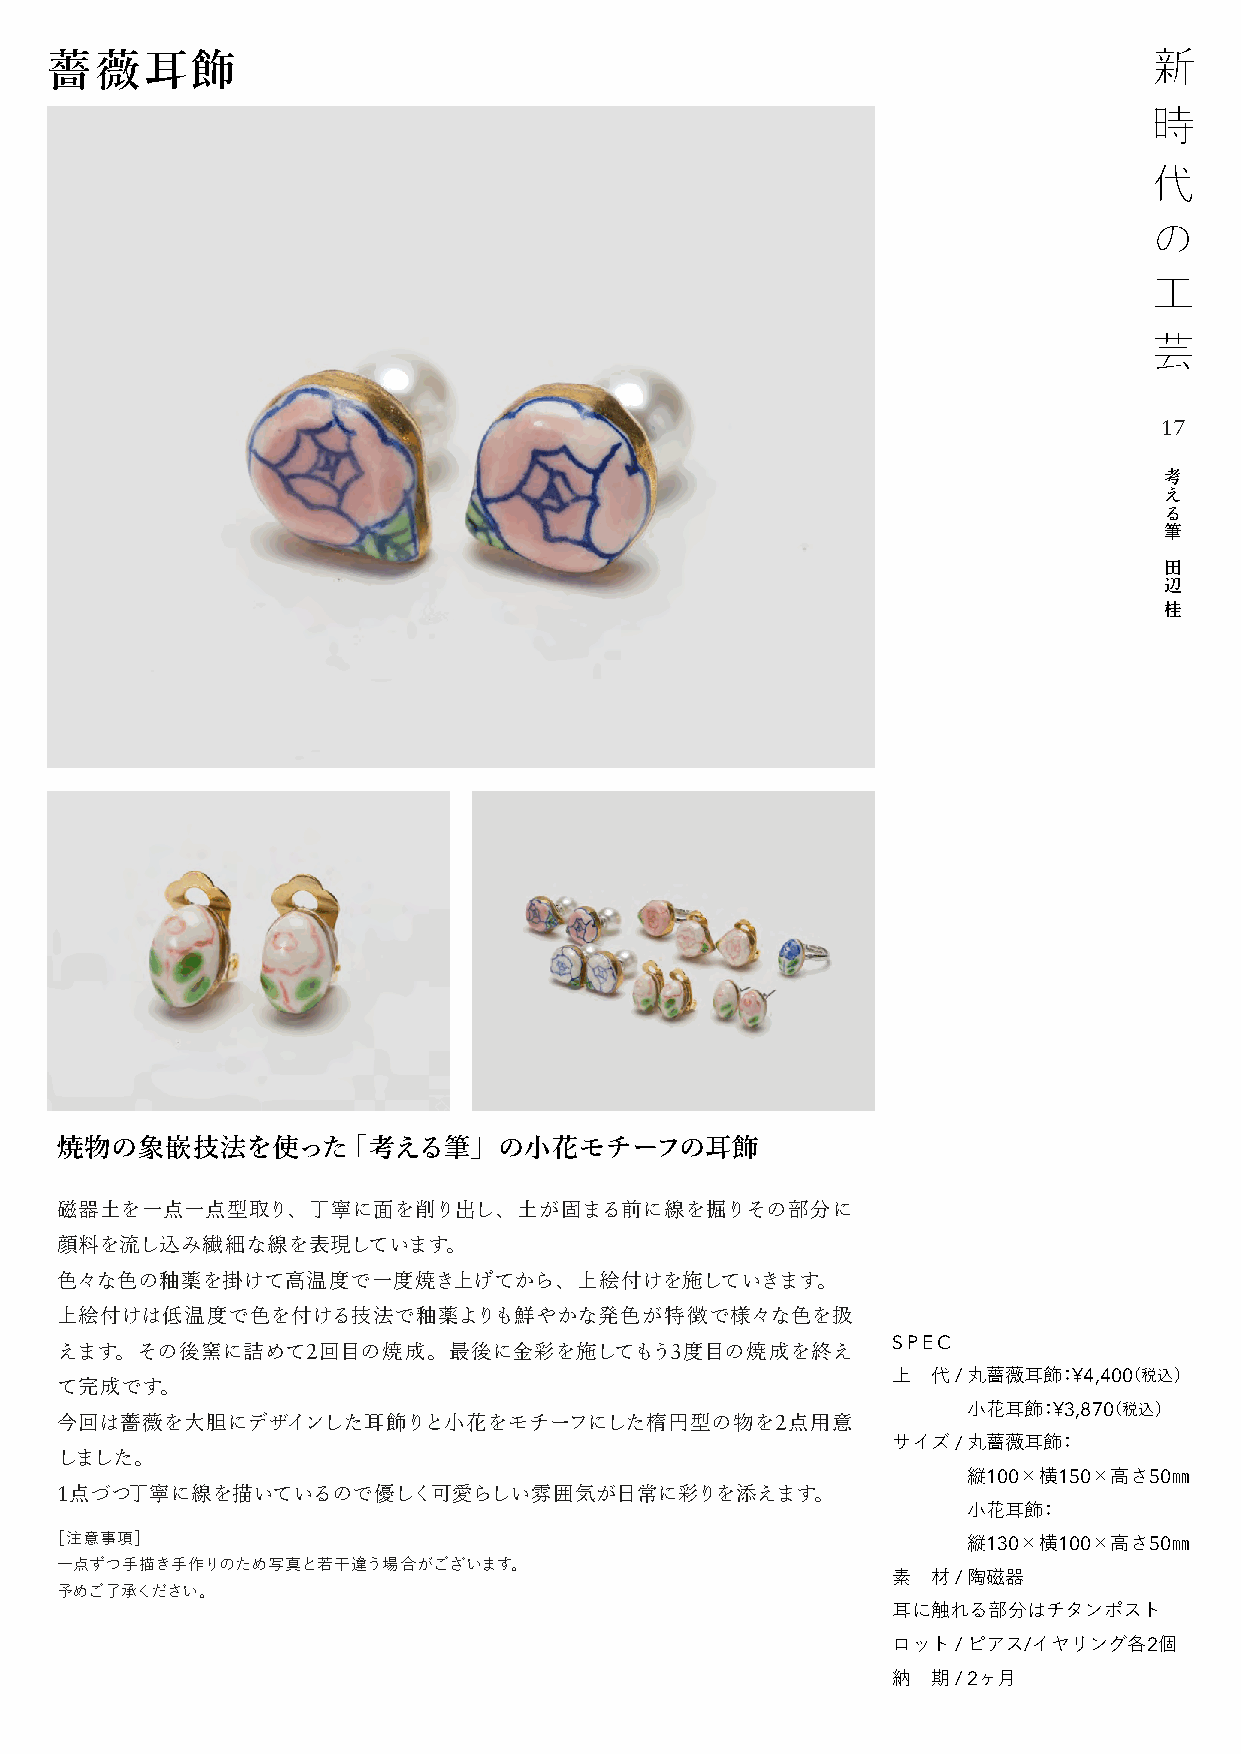
薔薇耳飾
 17
 考
 え
 る
 筆
 田
 辺
 桂
 焼物の象嵌技法を使った「考える筆」の小花モチーフの耳飾
 磁器土を一点一点型取り、丁寧に面を削り出し、土が固まる前に線を掘りその部分に
 顔料を流し込み繊細な線を表現しています。
 色々な色の釉薬を掛けて高温度で一度焼き上げてから、上絵付けを施していきます。
 上絵付けは低温度で色を付ける技法で釉薬よりも鮮やかな発色が特徴で様々な色を扱
 えます。その後窯に詰めて2回目の焼成。最後に金彩を施してもう3度目の焼成を終え                SPEC
 上  代 / 丸薔薇耳飾：¥4,400（税込）
 て完成です。
 小花耳飾：¥3,870（税込）
 今回は薔薇を大胆にデザインした耳飾りと小花をモチーフにした楕円型の物を2点用意
 サイズ / 丸薔薇耳飾：
 しました。
 縦100×横150×高さ50㎜
 1点づつ丁寧に線を描いているので優しく可愛らしい雰囲気が日常に彩りを添えます。
 小花耳飾：
 ［注意事項］                                                       縦130×横100×高さ50㎜
 一点ずつ手描き手作りのため写真と若干違う場合がございます。
 素  材 / 陶磁器
 予めご了承ください。
 耳に触れる部分はチタンポスト
 ロット / ピアス/イヤリング各2個
 納  期 / 2ヶ月